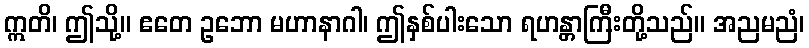
ဣတိ၊ ဤသို့။ ဧတေ ဥဘော မဟာနာဂါ၊ ဤနှစ်ပါးသော ရဟန္တာကြီးတို့သည်။ အညမညံ၊